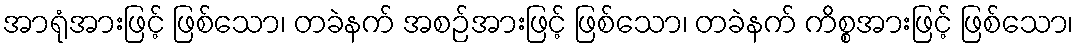
အာရုံအားဖြင့် ဖြစ်သော၊ တခဲနက် အစဉ်အားဖြင့် ဖြစ်သော၊ တခဲနက် ကိစ္စအားဖြင့် ဖြစ်သော၊